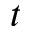
t